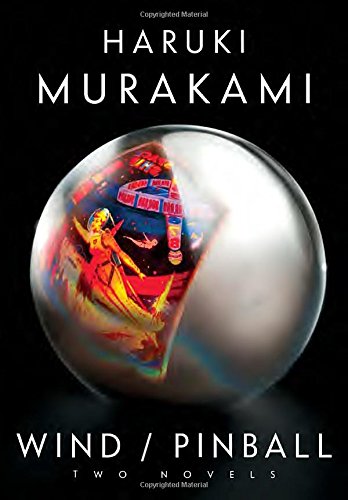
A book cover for Wind/Pinball: Two novels; Haruki Murakami; Science Fiction & Fantasy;